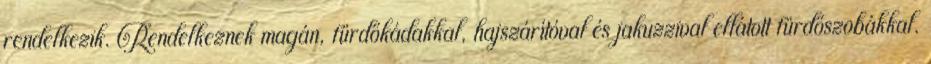
rendelkezik. Rendelkeznek magán, fürdőkádakkal, hajszárítóval és jakuzzival ellátott fürdőszobákkal.